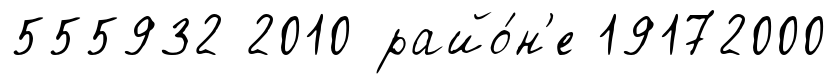
555932 2010 райо́н'е 19172000